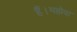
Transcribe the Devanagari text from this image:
हैं।यहोवा